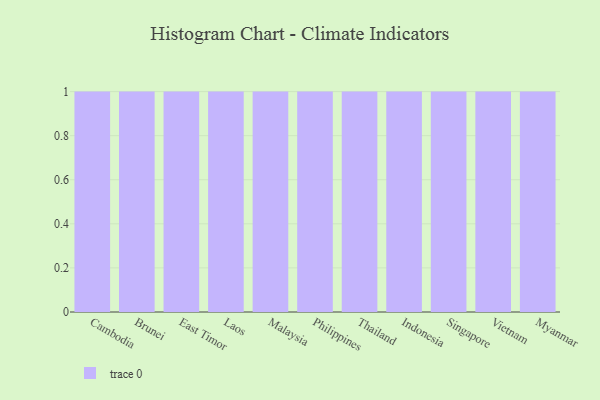
{"axis": {"x": "Country", "y": "Budget (USD K)"}, "legend": [""], "data": [{"x": "Cambodia", "y": 67, "type": ""}, {"x": "Brunei", "y": 47, "type": ""}, {"x": "East Timor", "y": 87, "type": ""}, {"x": "Laos", "y": 93, "type": ""}, {"x": "Malaysia", "y": 55, "type": ""}, {"x": "Philippines", "y": 36, "type": ""}, {"x": "Thailand", "y": 14, "type": ""}, {"x": "Indonesia", "y": 41, "type": ""}, {"x": "Singapore", "y": 43, "type": ""}, {"x": "Vietnam", "y": 4, "type": ""}, {"x": "Myanmar", "y": 30, "type": ""}]}